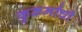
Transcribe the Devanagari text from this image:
कुकर्मांची